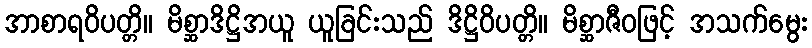
အာစာရဝိပတ္တိ။ မိစ္ဆာဒိဋ္ဌိအယူ ယူခြင်းသည် ဒိဋ္ဌိဝိပတ္တိ။ မိစ္ဆာဇီဝဖြင့် အသက်မွေး